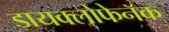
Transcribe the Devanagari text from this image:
डायक्लोफेनॅक